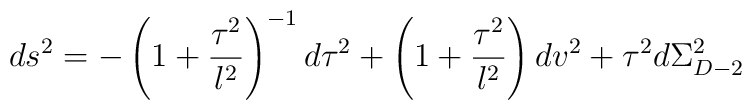
ds^2 = -\left(1 + \frac{\tau^2}{l^2}\right)^{-1}d\tau^2 +\left(1 + \frac{\tau^2}{l^2}\right)dv^2 +\tau^2d\Sigma_{D-2}^2